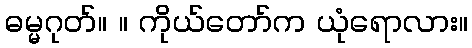
ဓမ္မဂုတ်။ ။ ကိုယ်တော်က ယုံရောလား။